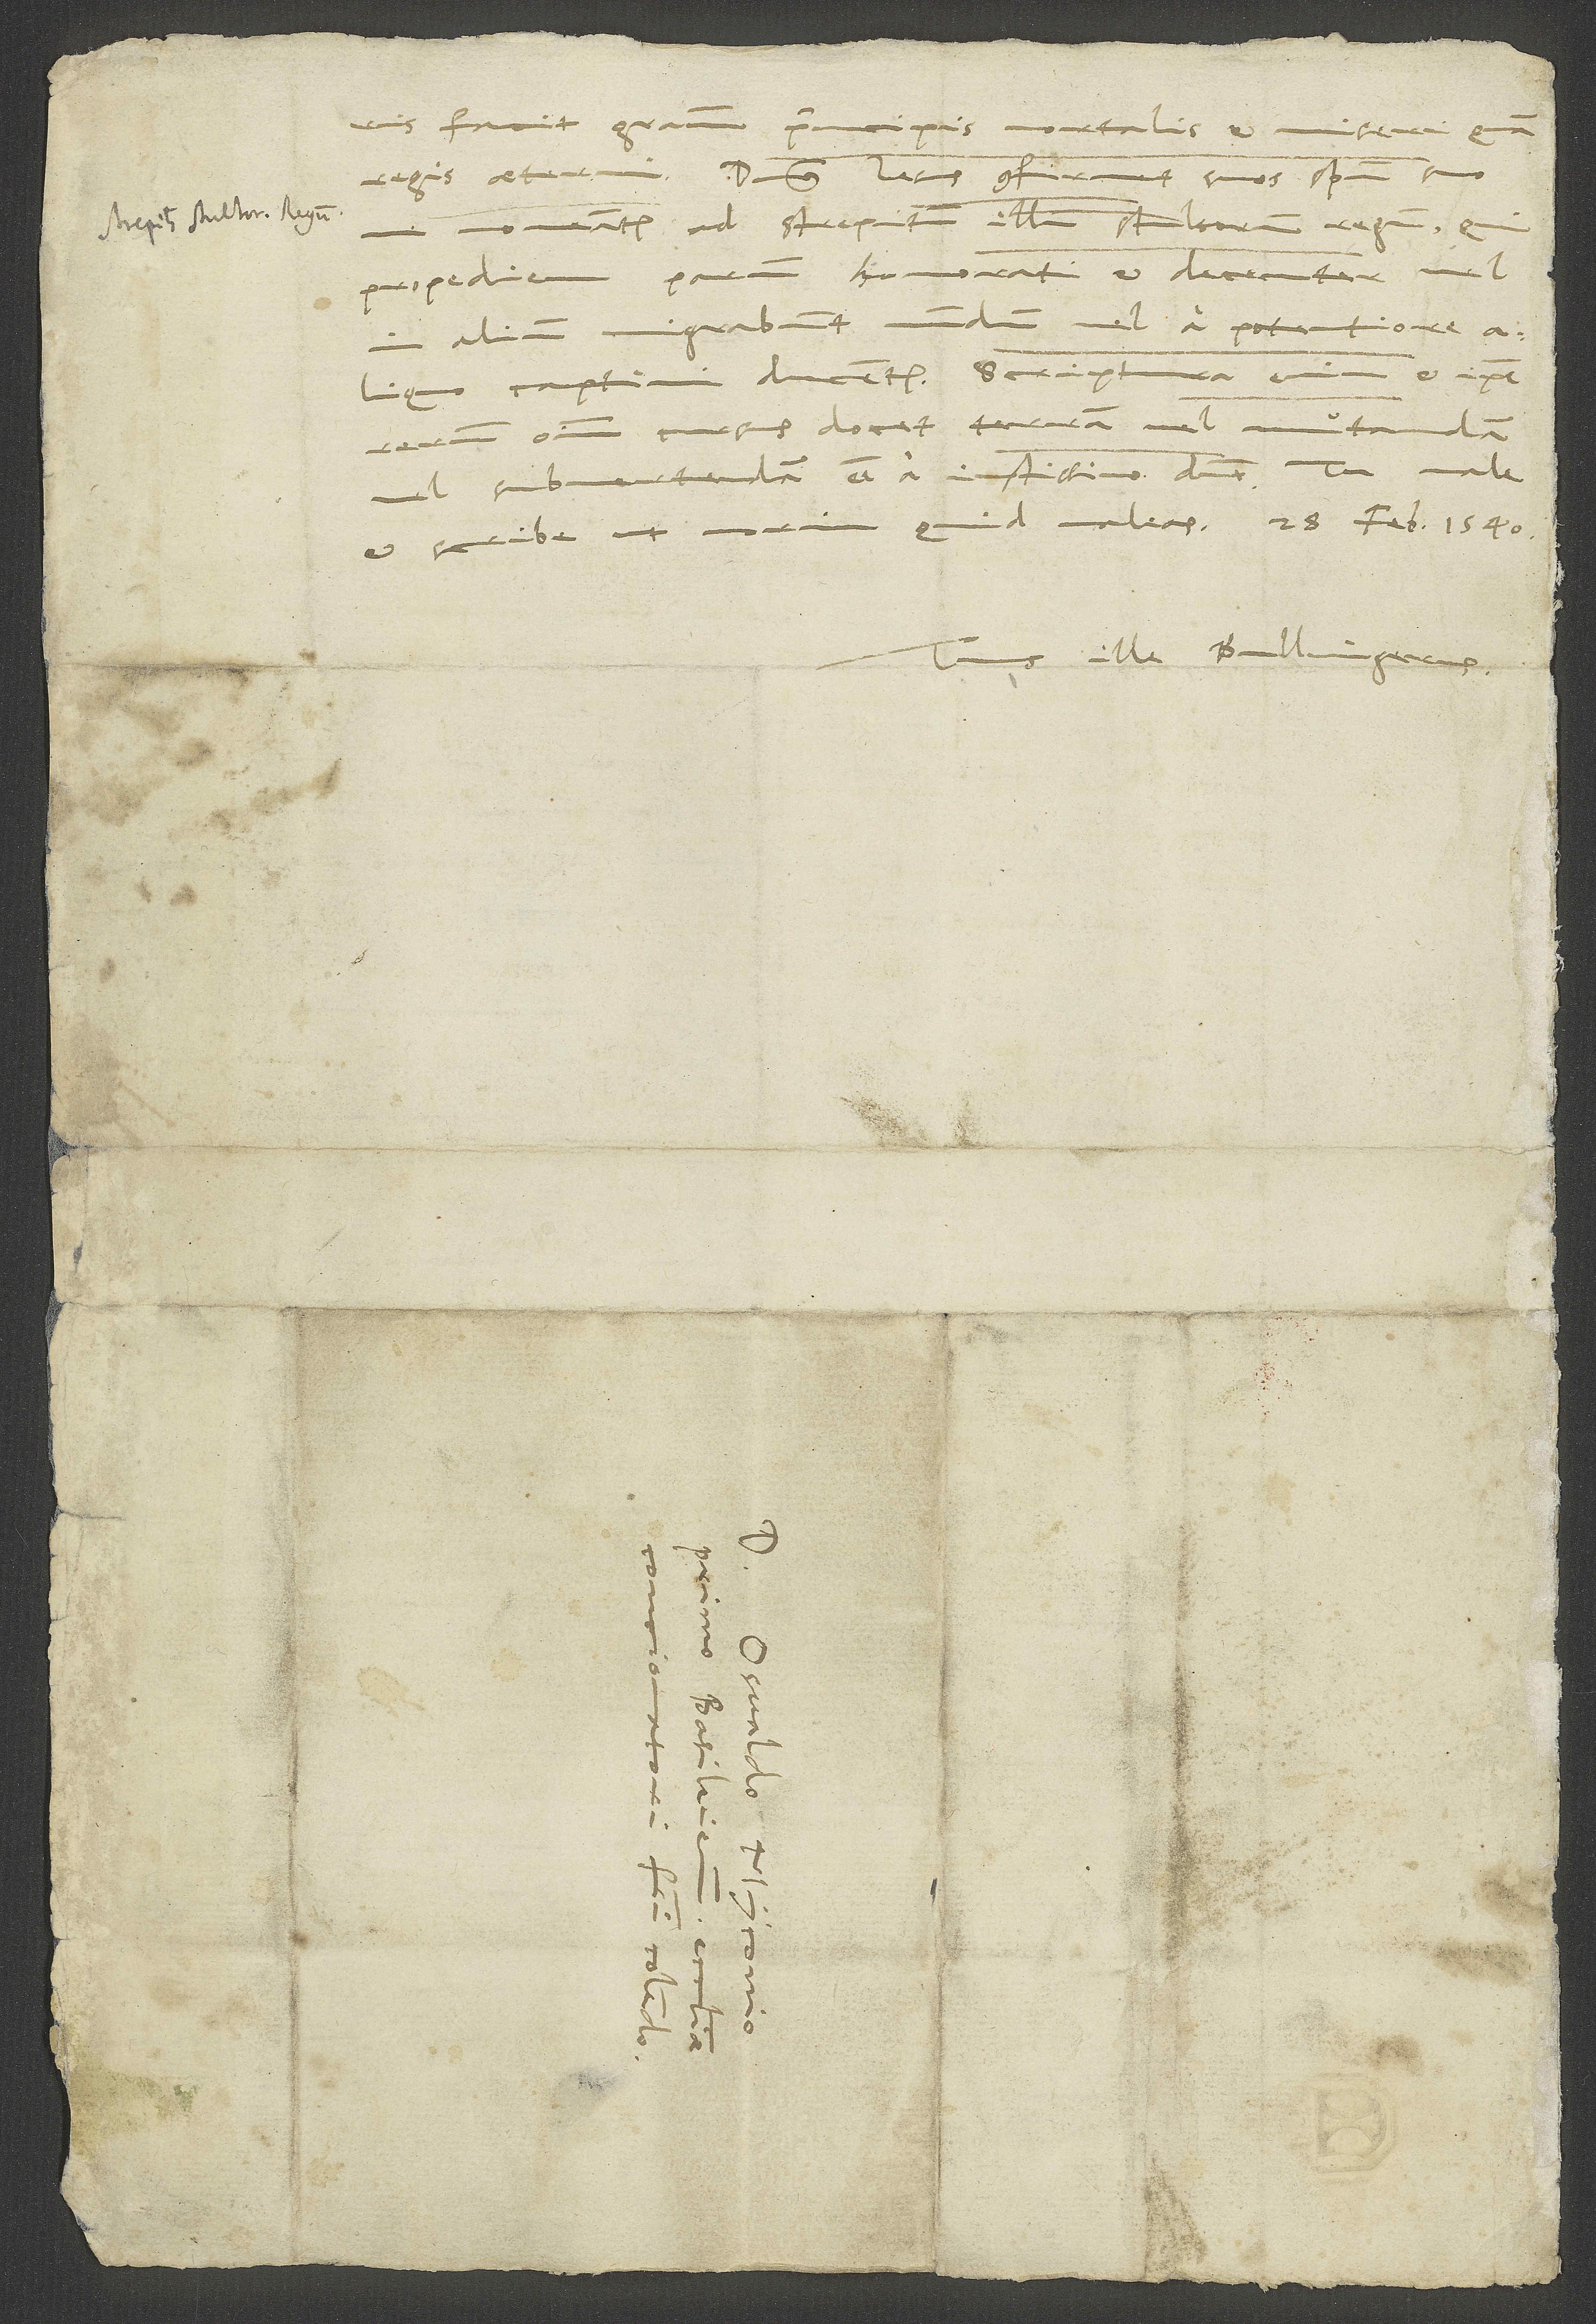
facit gratiam principis mortalis et miseri quam
regis aeterni! Dominus Iesus confirmet suos spiritu suo,
moveantur ad strepitum illum stultorum regum, qui
propediem parum honorati et decenter vel
in alium migrabunt mundum vel a potentiore
aliquo captivi ducentur. Scriptura enim et ipse
rerum omnium cursus docet terram vel mutandam
vel subvertendam esse a iustissimo domino.
et scribe, ut norim, quid valeas. 28. februarii anno 1540.
Tuus ille Bullingerus.